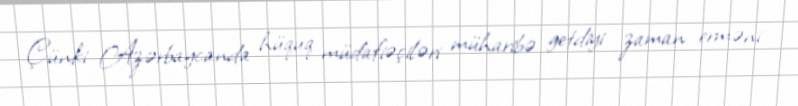
Çünki Azərbaycanda hüquq müdafiəçiləri müharibə getdiyi zaman erməni